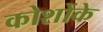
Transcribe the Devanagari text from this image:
कोशोंके